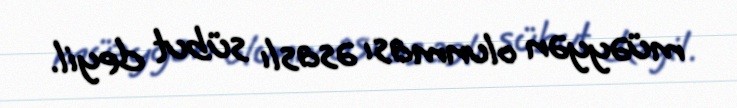
müəyyən olunması əsaslı sübut deyil.